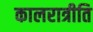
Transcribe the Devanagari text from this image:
कालरात्रीति